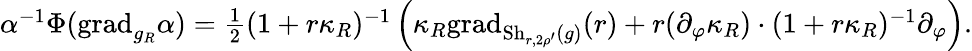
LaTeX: \begin{array}{r}{\alpha^{-1}\Phi(\mathrm{grad}_{g_{R}}\alpha)=\frac{1}{2}(1+r\kappa_{R})^{-1}\left(\kappa_{R}\mathrm{grad}_{\mathrm{Sh}_{r,2\rho^{\prime}}(g)}(r)+r(\partial_{\varphi}\kappa_{R})\cdot(1+r\kappa_{R})^{-1}\partial_{\varphi}\right).}\end{array}